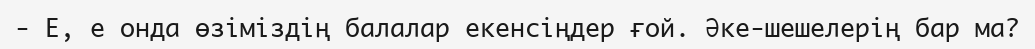
-	Е, е онда өзіміздің балалар екенсіңдер ғой. Әке-шешелерің бар ма?